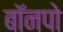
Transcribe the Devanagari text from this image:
बॉनपो